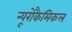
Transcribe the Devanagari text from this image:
न्यूरोकैमिकल